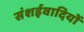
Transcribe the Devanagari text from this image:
संशईवादियों